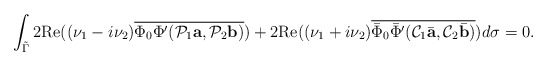
\begin{align*}\int_{\tilde\Gamma}2\mbox{Re} ((\nu_1-i\nu_2)\overline{\Phi_0\Phi'(\mathcal P_1 {\mbox{\bf a}},\mathcal P_2 {\mbox{\bf b}})})+2\mbox{Re}((\nu_1+i\nu_2) \overline{\bar\Phi_0\bar\Phi'(\mathcal C_1\bar{\mbox{\bf a}},\mathcal C_2\bar{\mbox{\bf b}})})d\sigma=0.\end{align*}